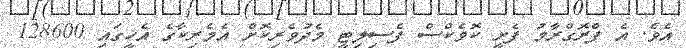
އެވެ. އެ ޕްރޮގްރާމު ފެށީ ކޮވެކްސް ފެސިލިޓީ މެދުވެރިކޮށް އެމެރިކާގެ އެހީގައި 128600